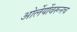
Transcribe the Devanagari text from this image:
ओर्लेयोंवरूनच